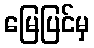
မြေပြင်မှ